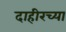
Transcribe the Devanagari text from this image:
दाहीरच्या